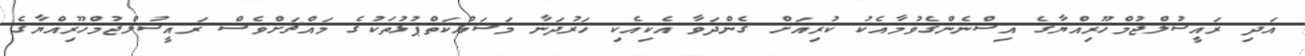
އަދި ރައީސުލްޖުމްހޫރިއްޔާގެ އިސްނެންގެވުމާއެކު ކުރިއަށް ގެންދަވާ އެކިއެކި ހަރުދަނާ މަސައްކަތްޕުޅުތަކުގެ މައްޗަށްވެސް ރައީސުލްޖުމްހޫރިއްޔާގެ